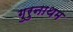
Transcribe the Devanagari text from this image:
गुरुनाथम